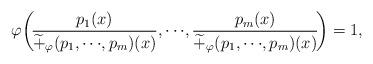
LaTeX: \begin{align*}\varphi\!\left(\! \frac{p_1(x)}{\widetilde{+}_{\varphi}(p_1,\cdots\!,p_m)(x)},\cdots\!, \frac{p_m(x)}{\widetilde{+}_{\varphi}(p_1,\cdots\!,p_m)(x)}\!\right) = 1,\end{align*}